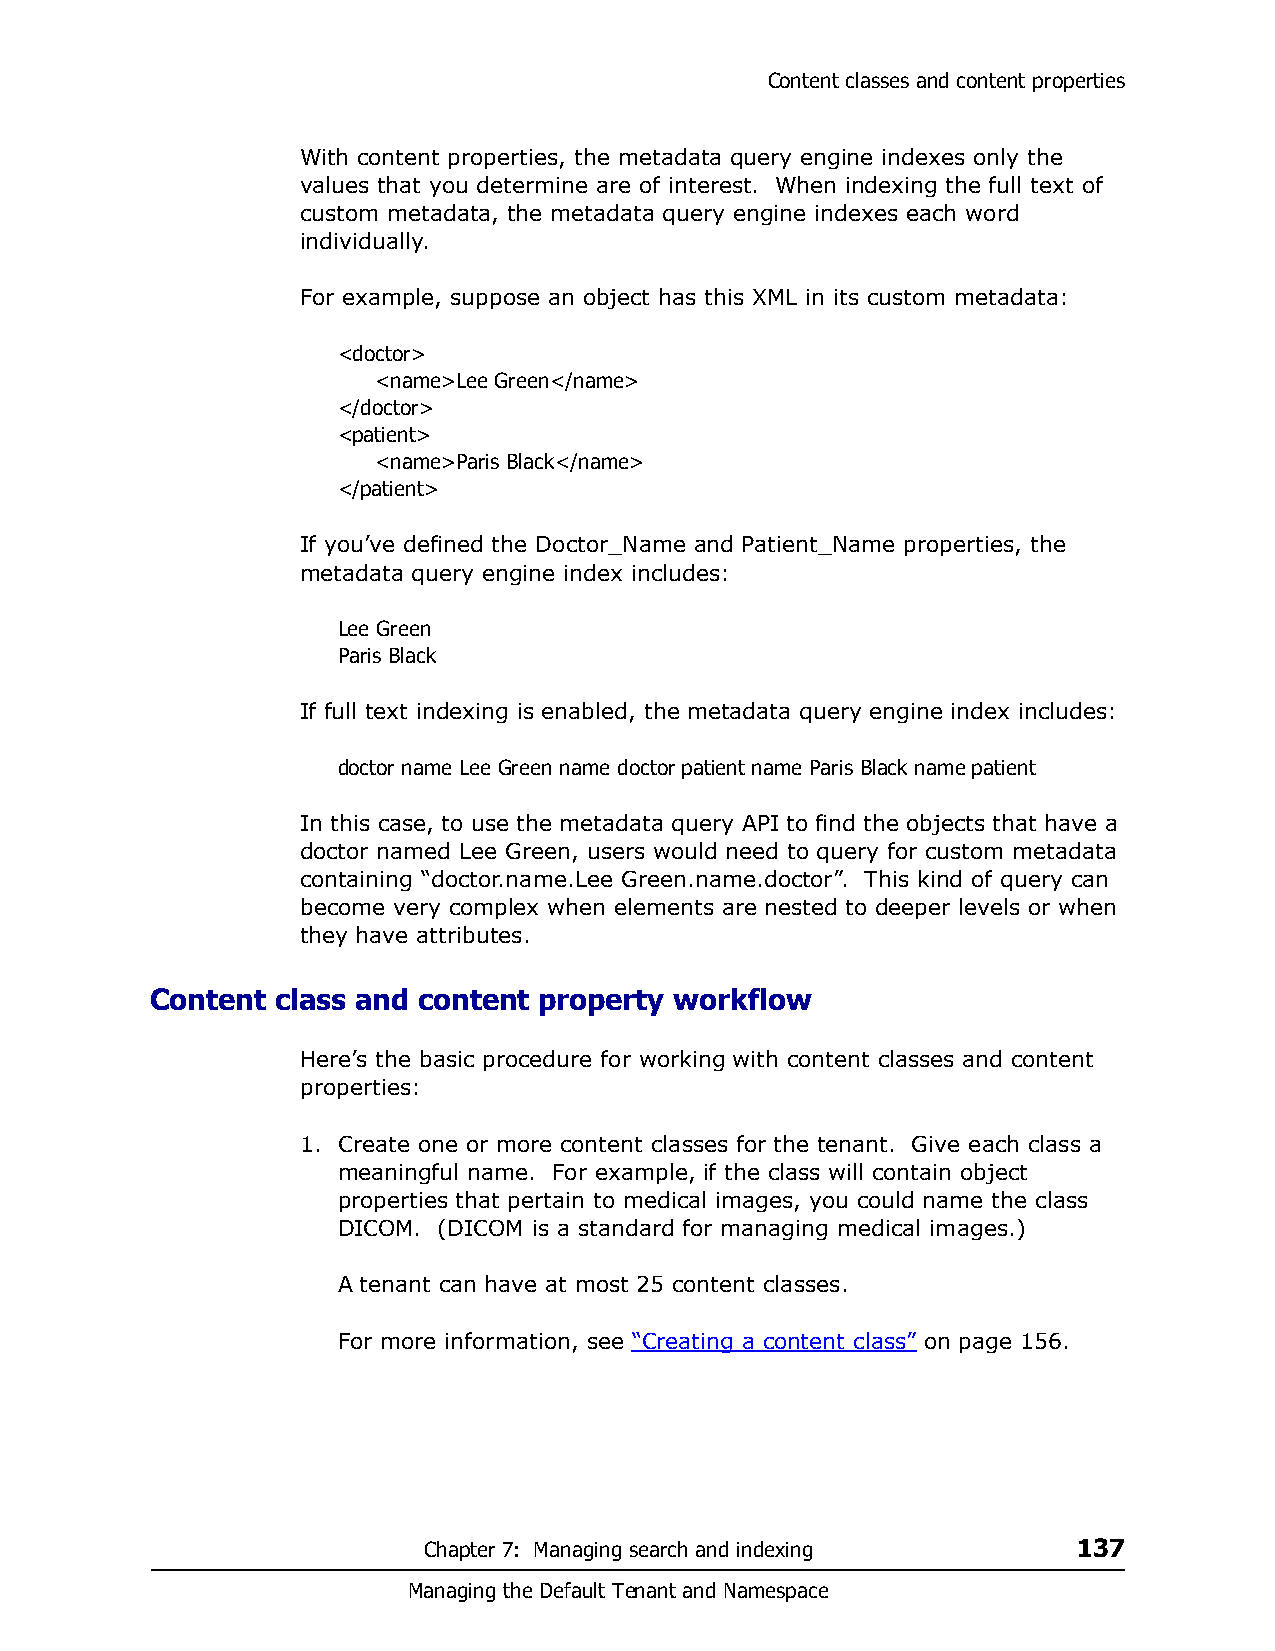
Content classes and content properties
 With content properties, the metadata query engine indexes only the
 values that you determine are of interest. When indexing the full text of
 custom metadata, the metadata query engine indexes each word
 individually.
 For example, suppose an object has this XML in its custom metadata:
 <doctor>
 <name>Lee Green</name>
 </doctor>
 <patient>
 <name>Paris Black</name>
 </patient>
 If you’ve defined the Doctor_Name and Patient_Name properties, the
 metadata query engine index includes:
 Lee Green
 Paris Black
 If full text indexing is enabled, the metadata query engine index includes:
 doctor name Lee Green name doctor patient name Paris Black name patient
 In this case, to use the metadata query API to find the objects that have a
 doctor named Lee Green, users would need to query for custom metadata
 containing “doctor.name.Lee Green.name.doctor”. This kind of query can
 become very complex when elements are nested to deeper levels or when
 they have attributes.
 Content class and content property workflow
 Here’s the basic procedure for working with content classes and content
 properties:
 1. Create one or more content classes for the tenant. Give each class a
 meaningful name. For example, if the class will contain object
 properties that pertain to medical images, you could name the class
 DICOM. (DICOM is a standard for managing medical images.)
 A tenant can have at most 25 content classes.
 For more information, see “Creating a content class” on page 156.
 Chapter 7: Managing search and indexing    137
 Managing the Default Tenant and Namespace